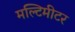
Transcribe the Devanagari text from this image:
मल्टिमीटर